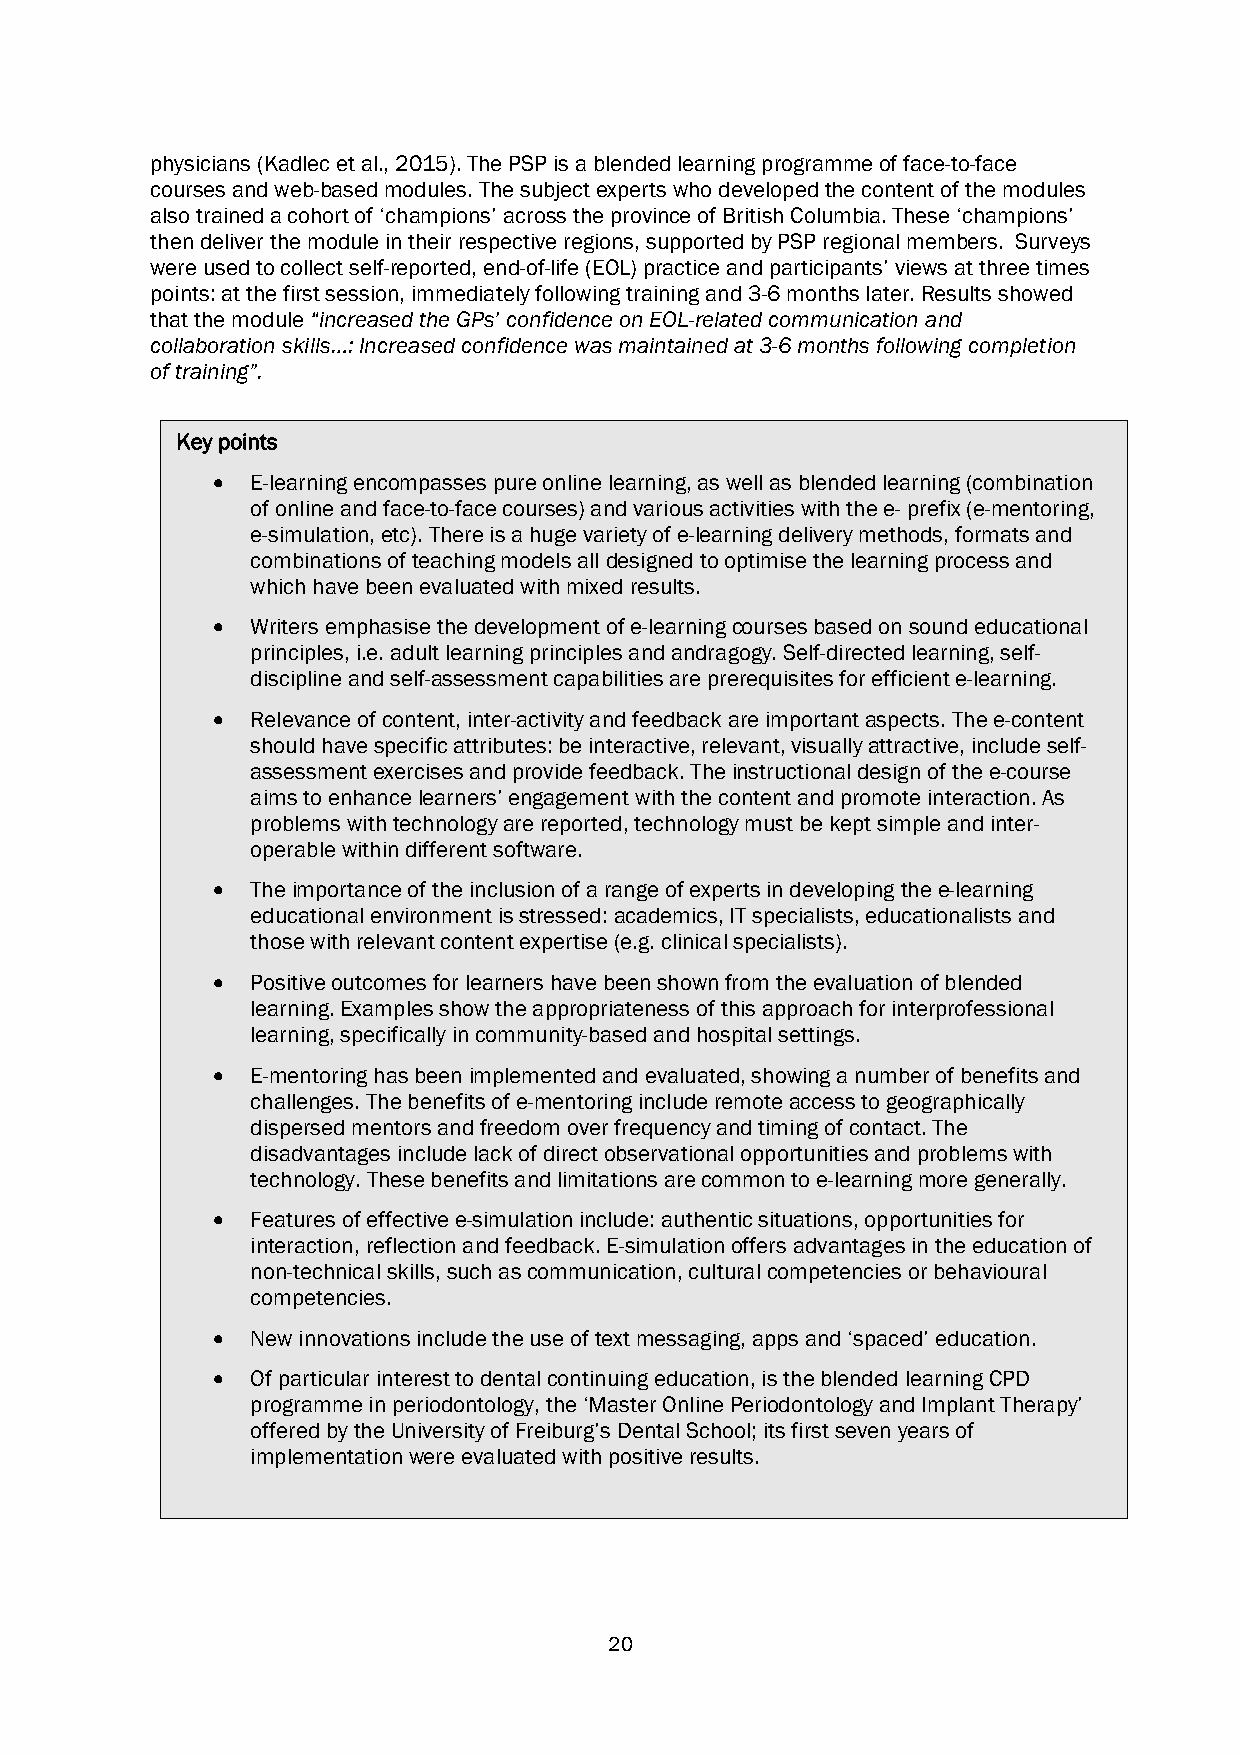
physicians (Kadlec et al., 2015). The PSP is a blended learning programme of face-to-face
 courses and web-based modules. The subject experts who developed the content of the modules
 also trained a cohort of ‘champions’ across the province of British Columbia. These ‘champions’
 then deliver the module in their respective regions, supported by PSP regional members. Surveys
 were used to collect self-reported, end-of-life (EOL) practice and participants’ views at three times
 points: at the first session, immediately following training and 3-6 months later. Results showed
 that the module “increased the GPs’ confidence on EOL-related communication and
 collaboration skills…: Increased confidence was maintained at 3-6 months following completion
 of training”.
 Key points
 •  E-learning encompasses pure online learning, as well as blended learning (combination
 of online and face-to-face courses) and various activities with the e- prefix (e-mentoring,
 e-simulation, etc). There is a huge variety of e-learning delivery methods, formats and
 combinations of teaching models all designed to optimise the learning process and
 which have been evaluated with mixed results.
 •  Writers emphasise the development of e-learning courses based on sound educational
 principles, i.e. adult learning principles and andragogy. Self-directed learning, self-
 discipline and self-assessment capabilities are prerequisites for efficient e-learning.
 •  Relevance of content, inter-activity and feedback are important aspects. The e-content
 should have specific attributes: be interactive, relevant, visually attractive, include self-
 assessment exercises and provide feedback. The instructional design of the e-course
 aims to enhance learners’ engagement with the content and promote interaction. As
 problems with technology are reported, technology must be kept simple and inter-
 operable within different software.
 •  The importance of the inclusion of a range of experts in developing the e-learning
 educational environment is stressed: academics, IT specialists, educationalists and
 those with relevant content expertise (e.g. clinical specialists).
 •  Positive outcomes for learners have been shown from the evaluation of blended
 learning. Examples show the appropriateness of this approach for interprofessional
 learning, specifically in community-based and hospital settings.
 •  E-mentoring has been implemented and evaluated, showing a number of benefits and
 challenges. The benefits of e-mentoring include remote access to geographically
 dispersed mentors and freedom over frequency and timing of contact. The
 disadvantages include lack of direct observational opportunities and problems with
 technology. These benefits and limitations are common to e-learning more generally.
 •  Features of effective e-simulation include: authentic situations, opportunities for
 interaction, reflection and feedback. E-simulation offers advantages in the education of
 non-technical skills, such as communication, cultural competencies or behavioural
 competencies.
 •  New innovations include the use of text messaging, apps and ‘spaced’ education.
 •  Of particular interest to dental continuing education, is the blended learning CPD
 programme in periodontology, the ‘Master Online Periodontology and Implant Therapy’
 offered by the University of Freiburg’s Dental School; its first seven years of
 implementation were evaluated with positive results.
 20